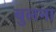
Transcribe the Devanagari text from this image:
बुलना